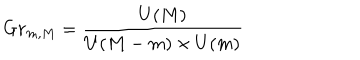
G r _ { m , M } = \frac { U ( M ) } { U ( M - m ) \times U ( m ) }